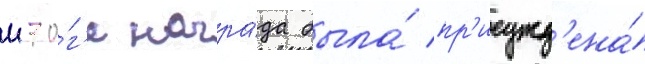
ито́г'е награ́да была́ пр'исужд'ена́